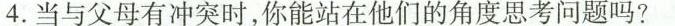
4. 当与父母有冲突时，你能站在他们的角度思考问题吗?